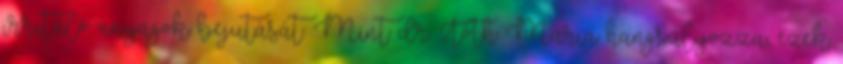
irritáló anyagok bejutását. Mint dr. Tóth Mária hangsúlyozza, ezek